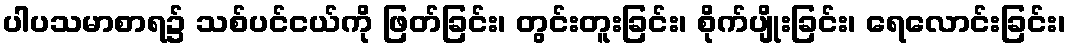
ပါပသမာစာရ၌ သစ်ပင်ငယ်ကို ဖြတ်ခြင်း၊ တွင်းတူးခြင်း၊ စိုက်ပျိုးခြင်း၊ ရေလောင်းခြင်း၊